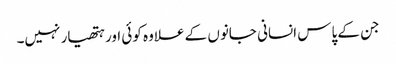
جن کے پاس انسانی جانوں کے علاوہ کوئی اور ہتھیار نہیں۔